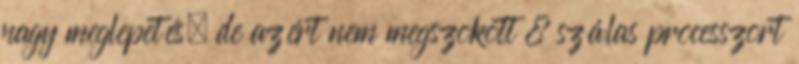
nagy meglepetés, de azért nem megszokott 8 szálas processzort